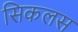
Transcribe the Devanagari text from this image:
सिकलस